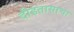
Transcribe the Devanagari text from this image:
दीडतासाचा